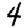
Digit: 4